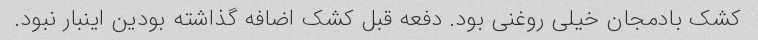
کشک بادمجان خیلی روغنی بود. دفعه قبل کشک اضافه گذاشته بودین اینبار نبود.